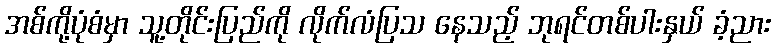
အစ်ကို့ပုံစံမှာ သူ့တိုင်းပြည်ကို လိုက်လံပြသ နေသည့် ဘုရင်တစ်ပါးနှယ် ခံ့ညား